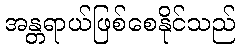
အန္တရာယ်ဖြစ်စေနိုင်သည်